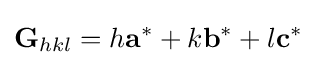
{\textbf {G}}_{hkl}=h\mathbf {a} ^{*}+k\mathbf {b} ^{*}+l\mathbf {c} ^{*}